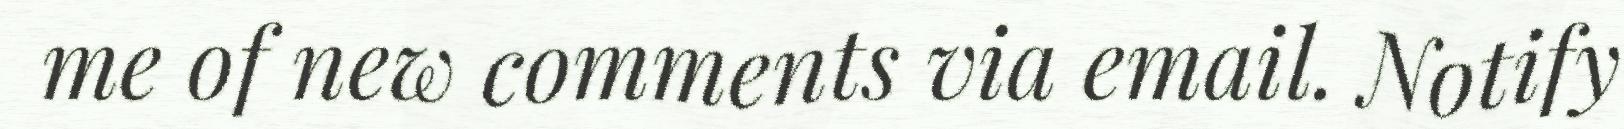
me of new comments via email. Notify